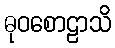
ဓုဝစောဠာသိ